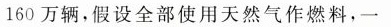
160万辆，假设全部使用天然气作燃料，一